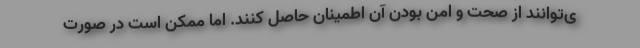
ی‌توانند از صحت و امن بودن آن اطمینان حاصل کنند. اما ممکن است در صورت